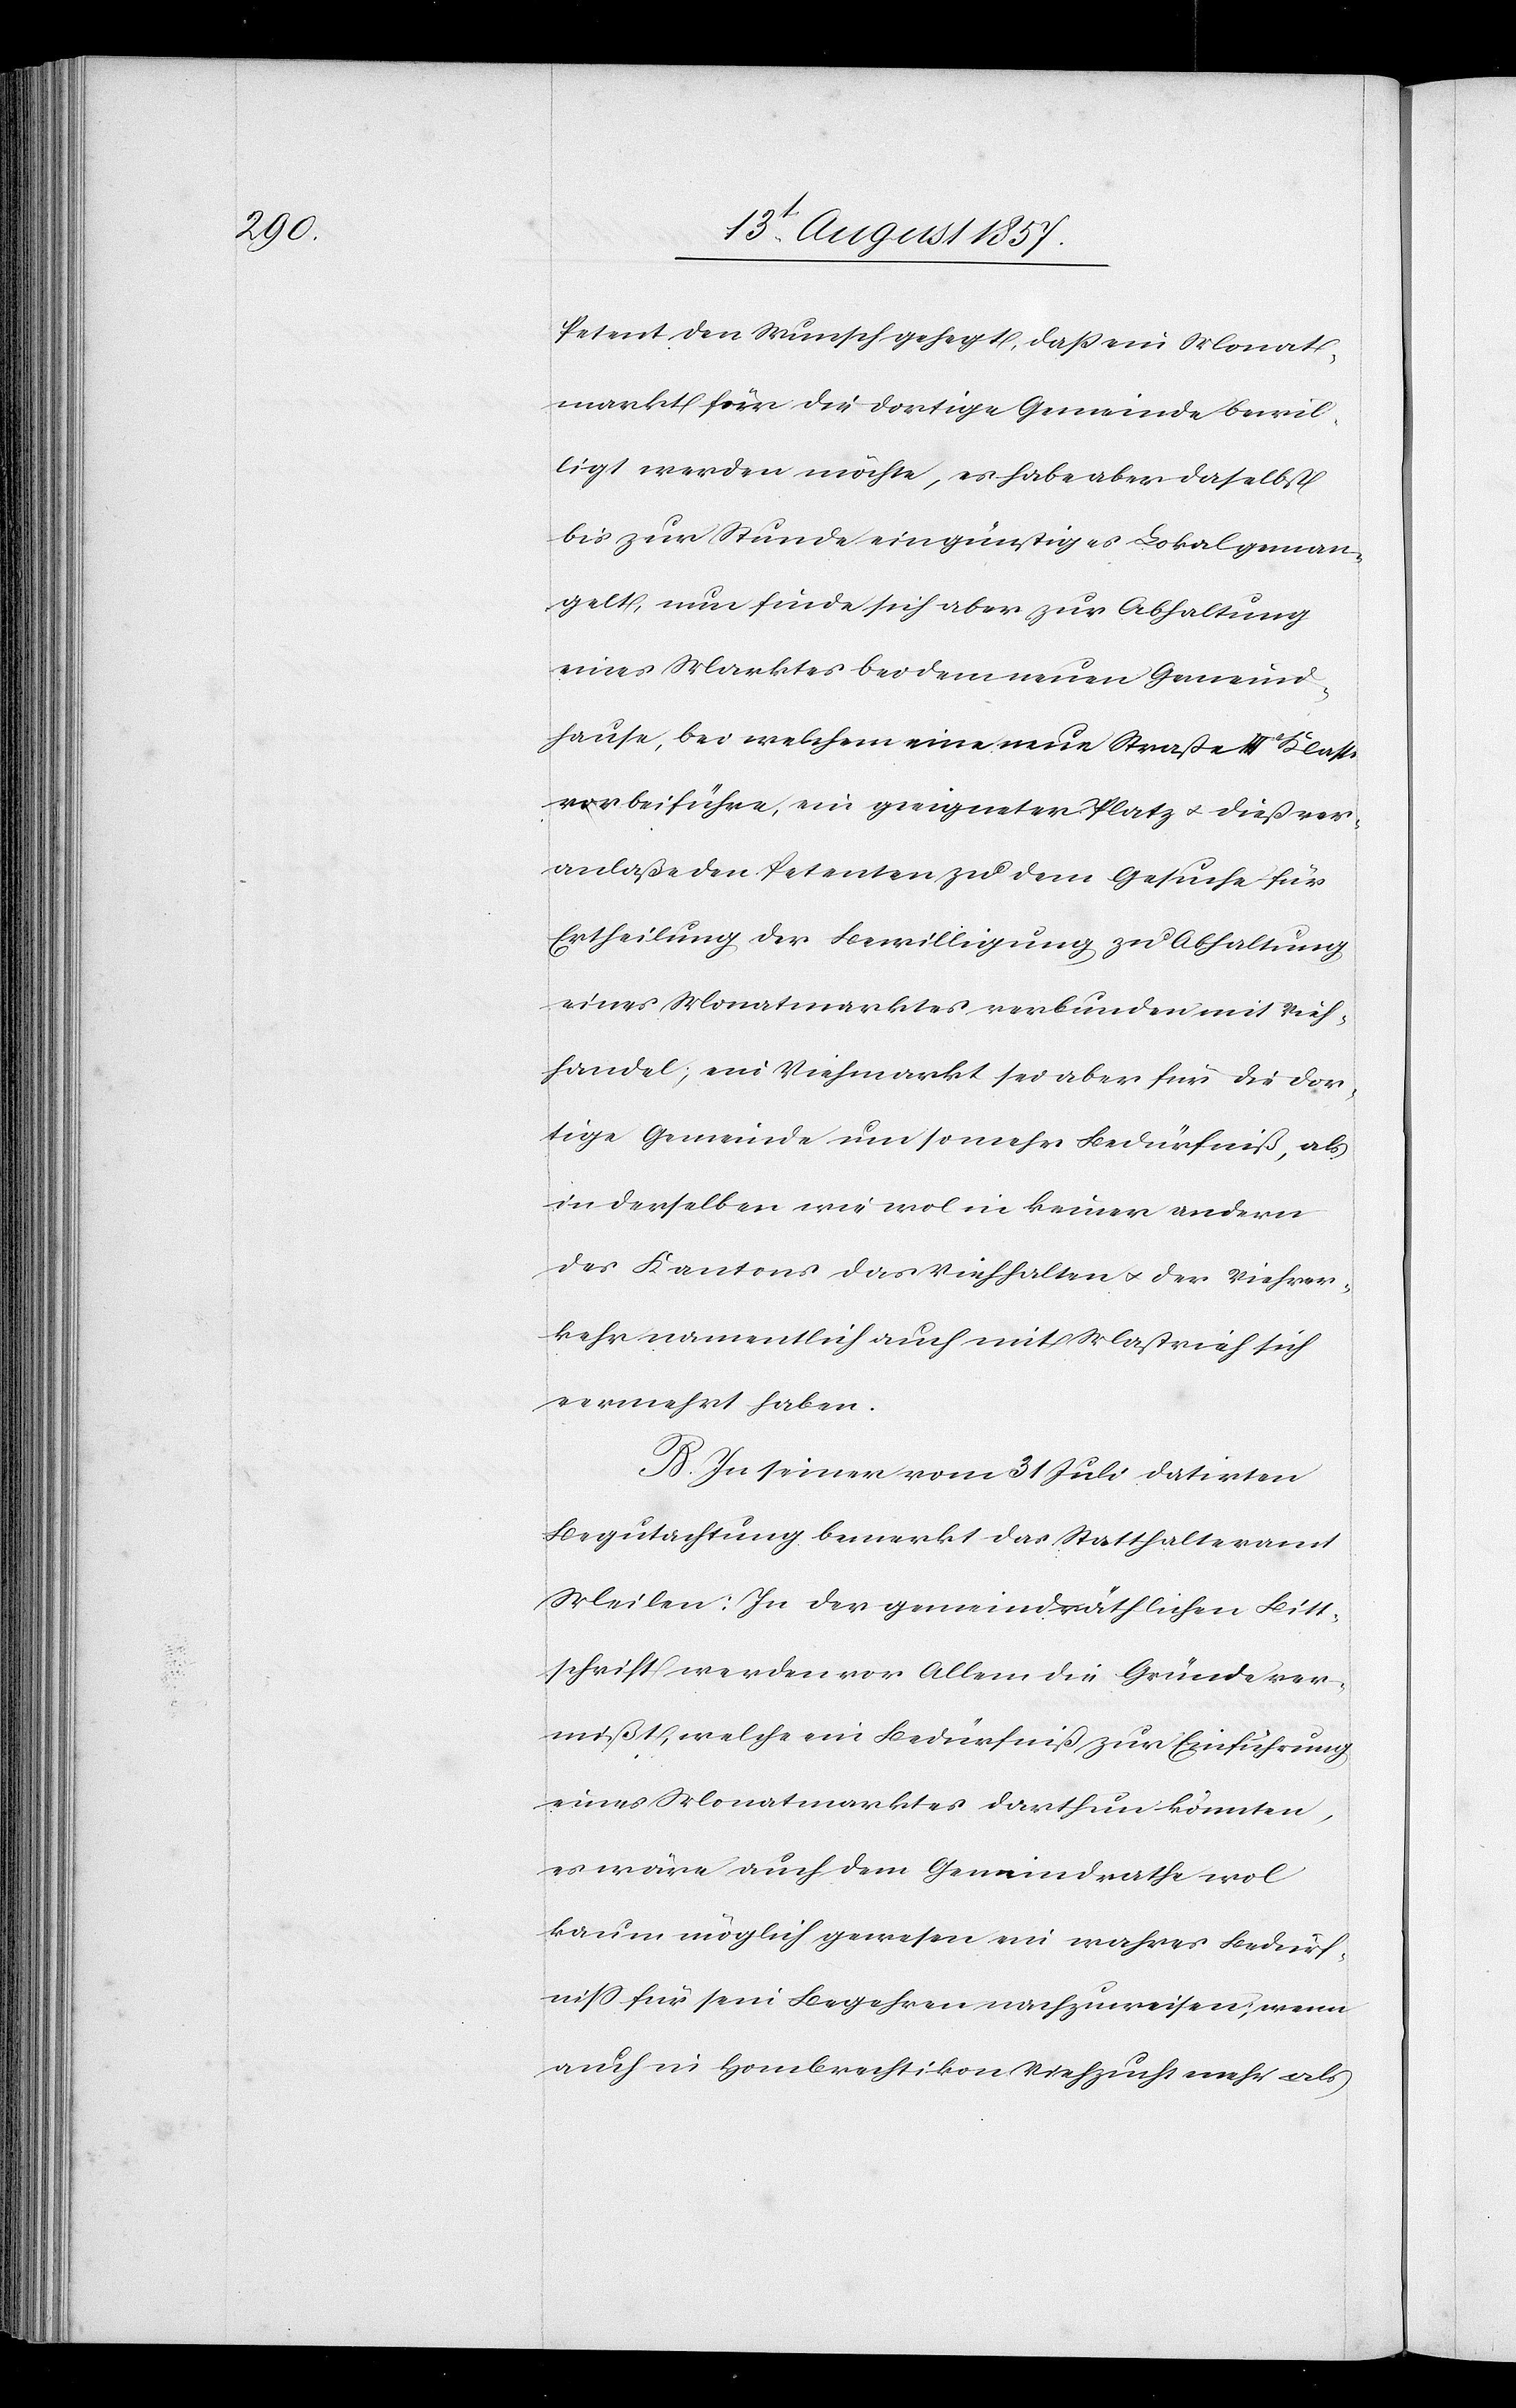
Petent den Wunsch gehegt, daß ein Monat¬
markt für die dortige Gemeinde bewil¬
ligt werden möchte, es habe aber daselbst
bis zur Stunde ein günstiges Lokal geman¬
gelt, nun finde sich aber zur Abhaltung
eines Marktes bei dem neuen Gemeind¬
hause, bei welchem eine neue Straße IIIr Klasse
vorbeiführe, ein geeigneter Platz & dieß ver¬
anlaße den Petenten zu dem Gesuche für
Ertheilung der Bewilligung zu Abhaltung
eines Monatmarktes verbunden mit Vieh¬
handel, ein Viehmarkt sei aber für die dor¬
tige Gemeinde um so mehr Bedürfniß, als
in derselben wie wol in keiner andern
des Kantons das Viehhalten & der Viehver¬
kehr namentlich auch mit Mastvieh sich
vermehrt haben.
B. In seiner vom 31 Juli datirten
Begutachtung bemerkt das Statthalteramt
Meilen: In der gemeindräthlichen Bitt¬
schrift werden vor Allem die Gründe ver¬
mißt, welche ein Bedürfniß zur Einführung
eines Monatmarktes darthun könnten,
es wäre auch dem Gemeindrathe wol
kaum möglich gewesen ein wahres Bedürf¬
niß für sein Begehren nachzuweisen, wenn
auch in Hombrechtikon Viehzucht mehr als